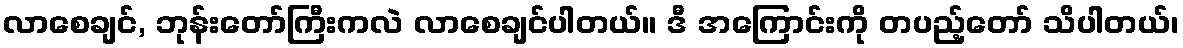
လာစေချင်, ဘုန်းတော်ကြီးကလဲ လာစေချင်ပါတယ်။ ဒီ အကြောင်းကို တပည့်တော် သိပါတယ်၊